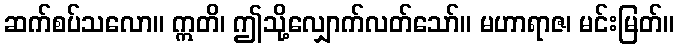
ဆက်စပ်သလော။ ဣတိ၊ ဤသို့လျှောက်လတ်သော်။ မဟာရာဇ၊ မင်းမြတ်။